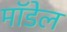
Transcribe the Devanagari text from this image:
माॅडेल